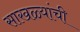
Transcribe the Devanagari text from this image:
साखळ्यांची